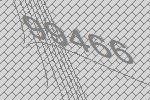
99466